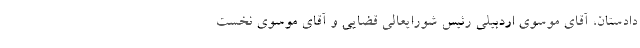
دادستان، آقای موسوی اردبیلی رئیس شورایعالی قضایی و آقای موسوی نخست